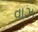
વાઝ